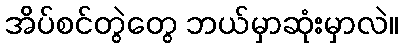
အိပ်စင်တွဲတွေ ဘယ်မှာဆုံးမှာလဲ။